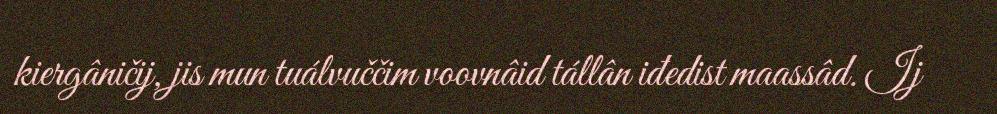
kiergâničij, jis mun tuálvuččim voovnâid tállân iđedist maassâd. Ij